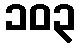
၁၀၃